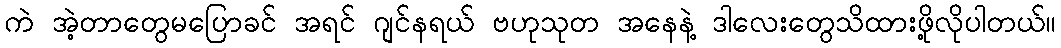
ကဲ အဲ့တာတွေမပြောခင် အရင် ဂျင်နရယ် ဗဟုသုတ အနေနဲ့ ဒါလေးတွေသိထားဖို့လိုပါတယ်။